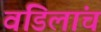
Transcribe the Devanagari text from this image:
वडिलांच